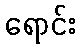
ရောင်း